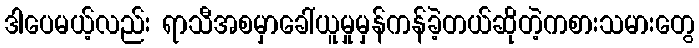
ဒါပေမယ့်လည်း ရာသီအစမှာခေါ်ယူမှုမှန်ကန်ခဲ့တယ်ဆိုတဲ့ကစားသမားတွေ